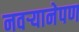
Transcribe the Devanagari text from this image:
नवर्‍यानेपण